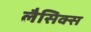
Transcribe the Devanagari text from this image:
लैसिक्स